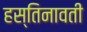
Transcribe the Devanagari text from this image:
हस्तिनावती